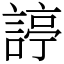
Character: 諪